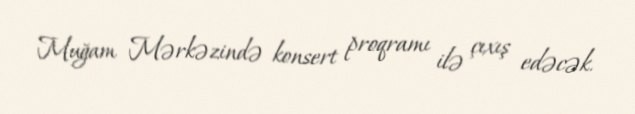
Muğam Mərkəzində konsert proqramı ilə çıxış edəcək.